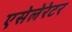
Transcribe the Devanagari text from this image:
एसेलेरेटर